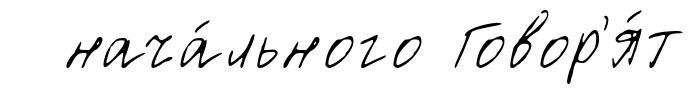
нача́льного Говор'я́т